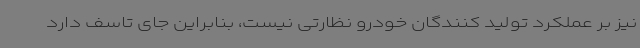
نیز بر عملکرد تولید کنندگان خودرو نظارتی نیست، بنابراین جای تاسف دارد